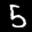
Label: 5